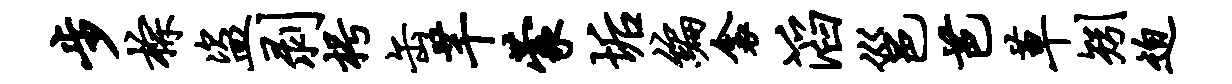
步棕盗剥枵缶芊蒙垢编衾滔邕芭草矧迫